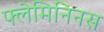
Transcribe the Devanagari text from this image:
फ्लेमिनिनस